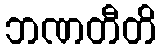
ဘဏတီတိ